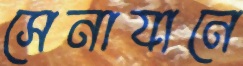
সেনাযানে